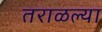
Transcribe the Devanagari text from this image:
तराळल्या